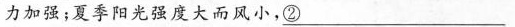
力加强；夏季阳光强度大而风小，\underline{②}